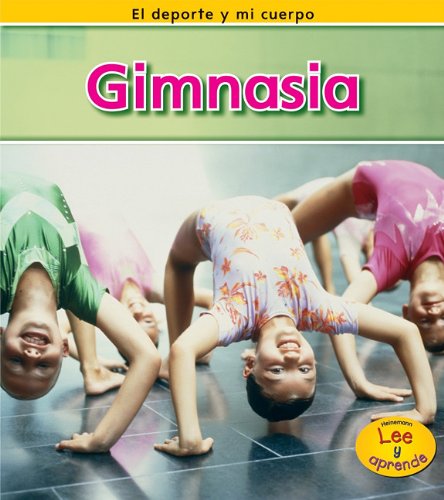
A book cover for Gimnasia (El deporte y mi cuerpo) (Spanish Edition); Catherine Veitch; Children's Books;